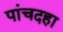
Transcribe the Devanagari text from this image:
पांचदहा